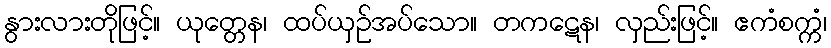
နွားလားတိုဖြင့်။ ယုတ္တေန၊ ထပ်ယှဉ်အပ်သော။ တကဋေန၊ လှည်းဖြင့်။ ဧကံစက္ကံ၊